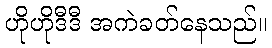
ဟိုဟိုဒီဒီ အကဲခတ်နေသည်။